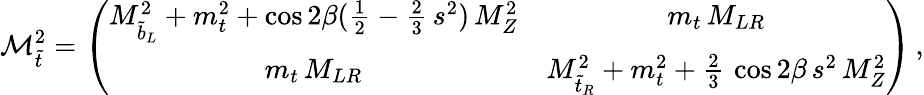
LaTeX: {\cal M}_{\tilde{t}}^{2}=\left(\begin{array}{cc}{{M_{\tilde{b}_{L}}^{2}+m_{t}^{2}+\cos{2\beta}({\frac{1}{2}}-{\frac{2}{3}}\, s^{2})\, M_{Z}^{2}}}&{{m_{t}\, M_{LR}}}\\ {{m_{t}\, M_{LR}}}&{{M_{\tilde{t}_{R}}^{2}+m_{t}^{2}+{\frac{2}{3}}\, \cos{2\beta}\, s^{2}\, M_{Z}^{2}}}\end{array}\right)\, ,